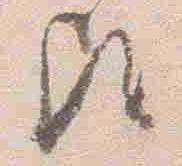
歟